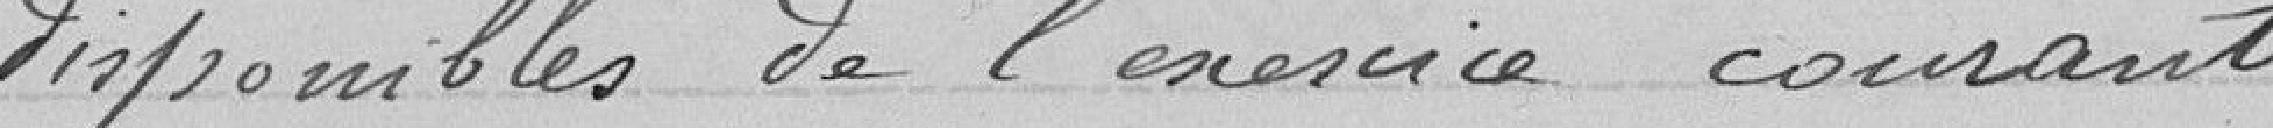
disponibles de l'exercice courant.